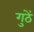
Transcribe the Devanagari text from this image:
गुठें